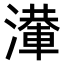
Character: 𣿢